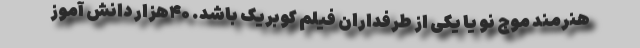
هنرمند موج نو یا یکی از طرفداران فیلم کوبریک باشد. ۴۰هزار دانش آموز